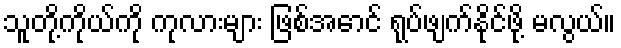
သူတို့ကိုယ်ကို ကုလားများ ဖြစ်အောင် ရုပ်ဖျက်နိုင်ဖို့ မလွယ်။